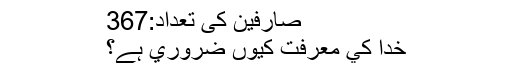
صارفین کی تعداد:367
خدا كي معرفت كيوں ضروري ہے؟